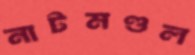
নাটমণ্ডল